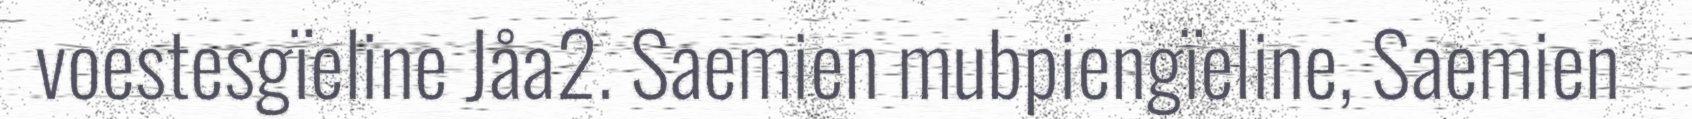
voestesgïeline Jåa2. Saemien mubpiengïeline, Saemien